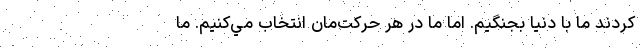
كردند ما با دنيا بجنگيم. اما ما در هر حركت‌مان انتخاب مي‌كنيم. ما